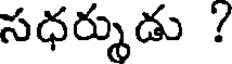
సధర్శుడు ?